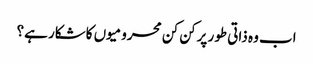
اب وہ ذاتی طور پرکن کن محرومیوں کاشکار ہے؟